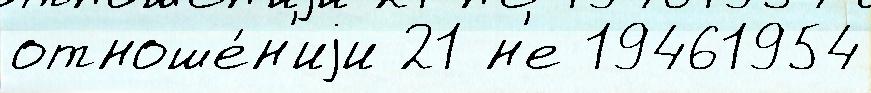
отноше́н'иjи 21 н'е 19461954